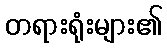
တရားရုံးများ၏